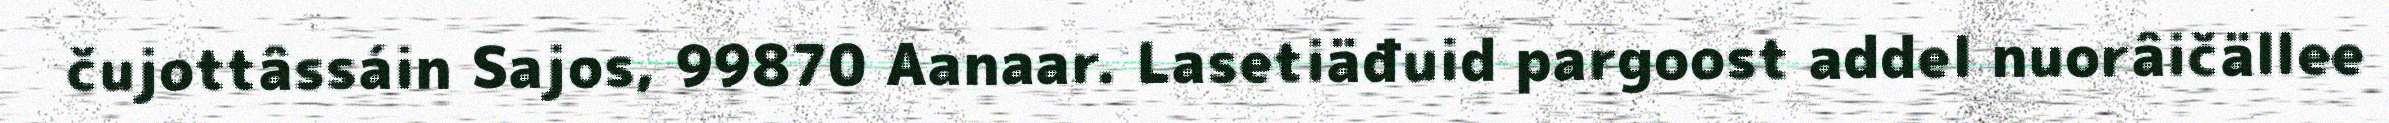
čujottâssáin Sajos, 99870 Aanaar. Lasetiäđuid pargoost addel nuorâičällee